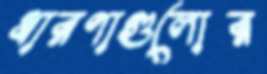
ধারণাগুলোর